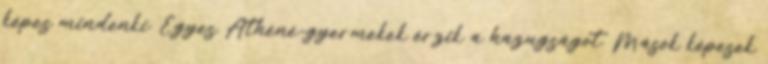
képes mindenki. Egyes Athéné-gyermekek érzik a hazugságot. Mások képesek